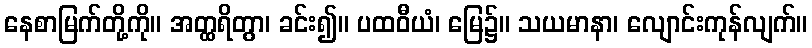
နေစာမြက်တို့ကို။ အတ္ထရိတွာ၊ ခင်း၍။ ပထဝီယံ၊ မြေ၌။ သယမာနာ၊ လျောင်းကုန်လျက်။